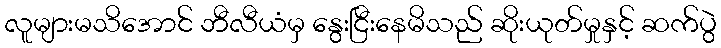
လူများမသိအောင် ဘီလီယံမှ နွေးငြီးနေမိသည် ဆိုးယုတ်မှုနှင့် ဆက်ပွဲ